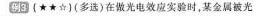
例3(★★☆)(多选)在做光电效应实验时，某金属被光